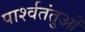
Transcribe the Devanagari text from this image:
पार्श्वतंतुओं